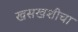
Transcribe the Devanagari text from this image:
खसखशीचा